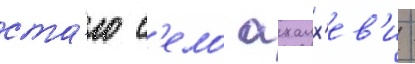
ста́ло с'ело ахалх'ев'и -